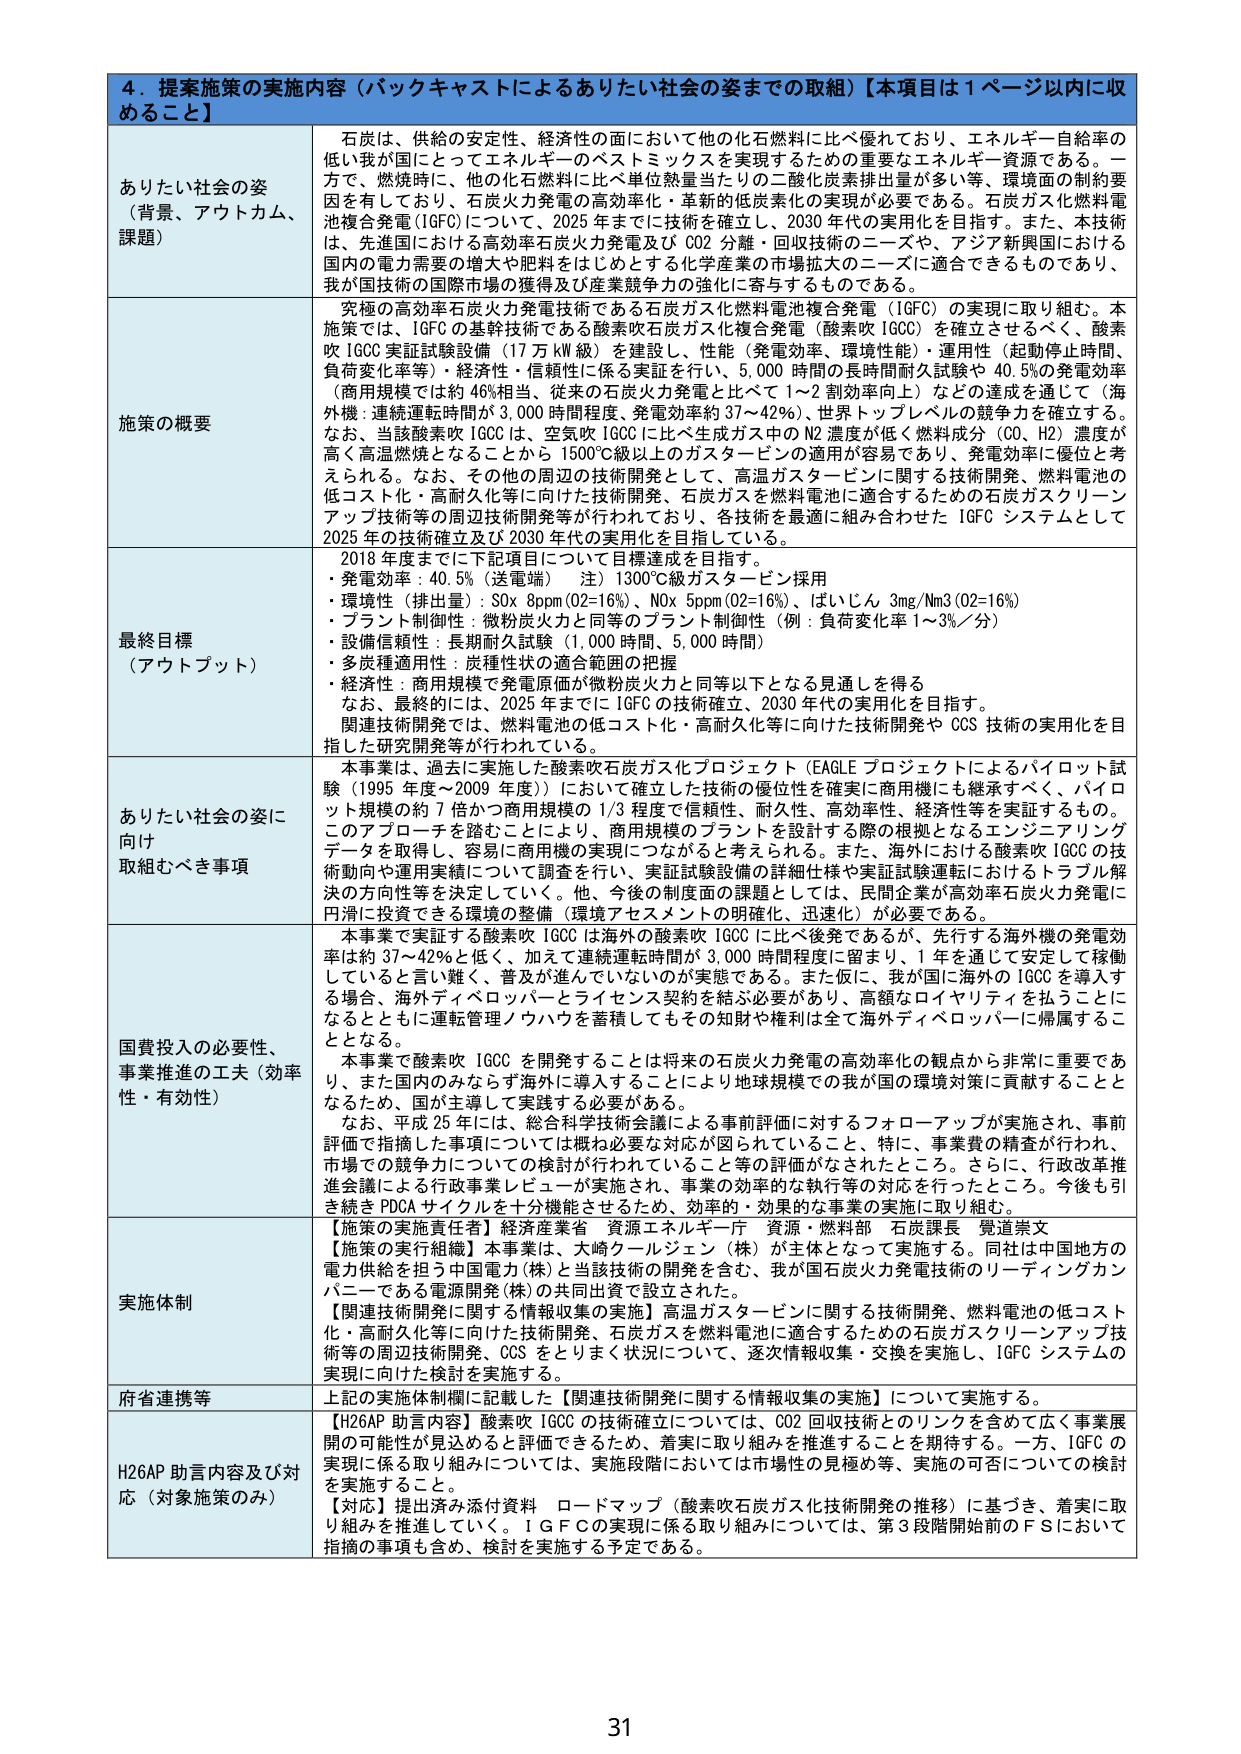
4．提案施策の実施内容（バックキャストによるありたい社会の姿までの取組）【本項目は1ページ以内に収めるこ と】

ありたい社会の姿 （背景、アウトカム、 課題）
石炭は、供給の安定性、経済性の面において他の化石燃料に比べ優れており、エネルギー自給率の 低い我が国にとってエネルギーのベストミックスを実現するための重要なエネルギー資源である。一 方で、燃焼時に、他の化石燃料に比べ単位熱量当たりの二酸化炭素排出量が多い等、環境面の制約要 因を有しており、石炭火力発電の高効率化・革新的低炭素化の実現が必要である。石炭ガス化燃料電 池複合発電（IGFC）について、2025 年までに技術を確立し、2030 年代の実用化を目指す。また、本技術 は、先進国における高効率石炭火力発電及び CO2 分離・回収技術のニーズや、アジア新興国における 国内の電力需要の増大や肥料をはじめとする化学産業の市場拡大のニーズに適合できるものであり、 我が国技術の国際市場の獲得及び産業競争力の強化に寄与するものである。

施策の概要
究極の高効率石炭火力発電技術である石炭ガス化燃料電池複合発電（IGFC）の実現に取り組む。本 施策では、IGFC の基幹技術である酸素吹石炭ガス化複合発電（酸素吹 IGCC）を確立させるべく、酸素 吹 IGCC 実証試験設備（17 万 kW 級）を建設し、性能（発電効率、環境性能）・運用品性（起動停止時間、 負荷変化率等）・経済性・信頼性に係る実証を行い、5,000 時間の長時間耐久試験や 40.5%の発電効率 （商用規模では約 46%相当、従来の石炭火力発電と比べて1～2 割効率向上）などの達成を通じて（海 外機：連続運転時間が 3,000 時間程度、発電効率約 37～42%）、世界トップレベルの競争力を確立する。 なお、当該酸素吹 IGCC は、空気吹 IGCC に比べ生成ガス中の N2 濃度が低く燃料成分（CO、H2）濃度が 高く高温燃焼となることから 1500℃級以上のガスタービンの適用が容易であり、発電効率に優位を考 えられる。なお、その他の周辺の技術開発として、高温ガスタービンに関する技術開発、燃料電池の 低コスト化・高耐久化等に向けた技術開発、石炭ガスを燃料電池に適合するための石炭ガスクリーン アップ技術等の周辺技術開発等が行われており、各技術を最適に組み合わせた IGFC システムとして 2025 年の技術確立及び 2030 年代の実用化を目指している。

最終目標 （アウトプット）
2018 年度までに下記項目について目標達成を目指す。
・発電効率：40.5%（送電端） 注）1300℃級ガスタービン採用
・環境性（排出量）：SOx 8ppm(O2=16%)、NOx 5ppm(O2=16%)、ばいじん 3mg/Nm3 (O2=16%)
・プラント制御性：微粉炭火力と同等のプラント制御性（例：負荷変化率 1～3%/分）
・設備信頼性：長期間耐久試験（1,000 時間、5,000 時間）
・多炭種適用性：炭種特性の適合範囲の把握
・経済性：商用規模で発電原価が微粉炭火力と同等以下となる見通しを得る
なお、最終的には、2025 年までに IGFC の技術確立、2030 年代の実用化を目指す。
関連技術開発では、燃料電池の低コスト化・高耐久化等に向けた技術開発や CCS 技術の実用化を目 指した研究開発等が行われている。

ありたい社会の姿に 向け 取組むべき事項
本事業は、過去に実施した酸素吹石炭ガス化プロジェクト（EAGLE プロジェクトによるパイロット試 験（1995 年度～2009 年度））において確立した技術の優位性を確実に商用機にも継承すべく、パイロ ット規模の約 7 倍かつ商用規模の 1/3 程度で信頼性、耐久性、高効率性、経済性等を実証するもの。 このアプローチを踏むことにより、商用規模のプラントを設計する際の根拠となるエンジニアリング データを取得し、容易に商用機の実現につながると考えられる。また、海外における酸素吹 IGCC の技 術動向や運用実績について調査を行い、実証試験設備の詳細仕様や実証試験運転におけるトラブル解 決の方向性等を決定していく。他、今後の制度面の課題としては、民間企業が高効率石炭火力発電に 円滑に投資できる環境の整備（環境アセスメントの明確化、迅速化）が必要である。

国費投入の必要性、 事業推進の工夫（効率 性・有効性）
本事業で実証する酸素吹 IGCC は海外の酸素吹 IGCC に比べ後発であるが、先行する海外機の発電効 率は約 37～42%と低く、加えて連続運転時間が 3,000 時間程度に留まり、1 年を通じて安定して稼働 していると言い難く、普及が進んでいないのが実態である。また仮に、我が国に海外の IGCC を導入す る場合、海外ディベロッパーとライセンス契約を結ぶ必要があり、高額なロイヤリティを払うことに なるとともに運転管理ノウハウを蓄積してもその知財や権利は全て海外ディベロッパーに帰属するこ ととなる。
本事業で酸素吹 IGCC を開発することは将来の石炭火力発電の高効率化の観点から非常に重要であ り、また国内のみならず海外に導入することにより地球規模での我が国の環境対策に貢献することと なるため、国が主導して実践する必要がある。
なお、平成 25 年には、総合科学技術会議による事前評価に対するフォローアップが実施され、事前 評価で指摘した事項については概ね必要な対応が図られていること、特に、事業費の精査が行われ、 市場での競争力についての検討が行われていること等の評価がなされたところ。さらに、行政改革推 進会議による行政事業レビューが実施され、事業の効率的な執行等の対応を行ったところ。今後も引 き続き PDCA サイクルを十分機能させるため、効率的・効果的な事業の実施に取り組む。

実施体制
【施策の実施責任者】経済産業省 資源エネルギー庁 資源・燃料部 石炭課長 覚道崇文
【施策の実行組織】本事業は、大崎クールジェン（株）が主体となって実施する。同社は中国地方の 電力供給を担う中国電力（株）と当該技術の開発を含む、我が国石炭火力発電技術のリーディングカン パニーである電源開発（株）の共同出資で設立された。
【関連技術開発に関する情報収集の実施】高温ガスタービンに関する技術開発、燃料電池の低コスト 化・高耐久化等に向けた技術開発、石炭ガスを燃料電池に適合するための石炭ガスクリーンアップ技 術等の周辺技術開発、CCS をとりまく状況について、逐次情報収集・交換を実施し、IGFC システムの 実現に向けた検討を実施する。

府省連携等
上記の実施体制欄に記載した【関連技術開発に関する情報収集の実施】について実施する。

H26AP 助言内容及び対 応（対象施策のみ）
【H26AP 助言内容】酸素吹 IGCC の技術確立については、CO2 回収技術とのリンクを含めて広く事業展 開の可能性が見込めると評価できるため、着実に取り組みを推進することを期待する。一方、IGFC の 実現に係る検討組みについては、実施段階において市場性の見極め等、実施の可否についての検討 を実施すること。
【対応】提出済み添付資料 ロードマップ（酸素吹石炭ガス化技術開発の推移）に基づき、着実に取 り組みを推進していく。I G F C の実現に係る取り組みについては、第3段階開始前のF Sにおいて 指摘の事項も含め、検討を実施する予定である。

31